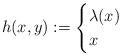
LaTeX: \begin{align*}h(x,y):= \begin{cases} \lambda(x) &\\ x & \end{cases}\end{align*}